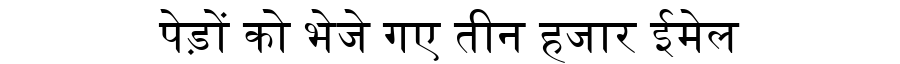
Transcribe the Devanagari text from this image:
पेड़ों को भेजे गए तीन हजार ईमेल